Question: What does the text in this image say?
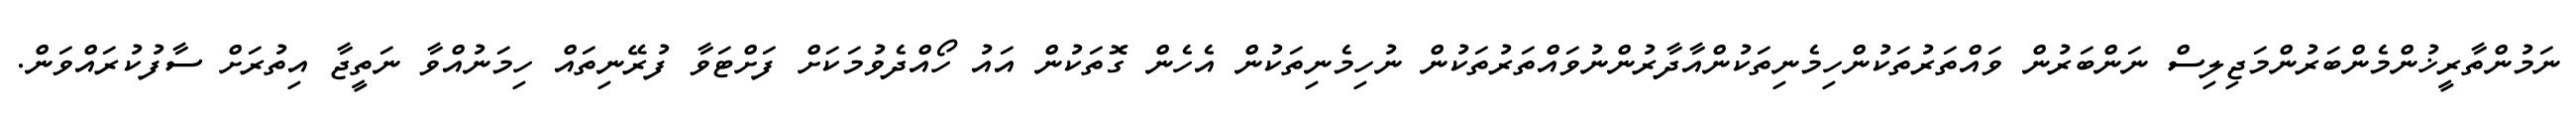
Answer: ނަމުންތާރީޚުންމެންބަރުންމަޖިލިސް ނަންބަރުން ވައްތަރުތަކުންހިމެނިތަކުންއާދާރުންނުވައްތަރުތަކުން ނުހިމެނިތަކުން އެހެން ގޮތަކުން އައު ހޯއްދެވުމަކަށް ފަށްޓަވާ ފުރޭނިތައް ހިމަނުއްވާ ނަތީޖާ އިތުރަށް ސާފުކުރައްވަން.